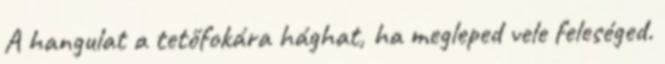
A hangulat a tetőfokára hághat, ha megleped vele feleséged.